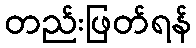
တည်းဖြတ်ရန်